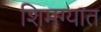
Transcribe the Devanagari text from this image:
शिमग्यात